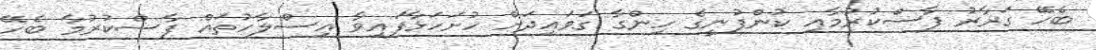
ބެހޭ ގަރާރު ފާސްކުރުމާއި ކުންފުނީގެ ހިންގާ ގަވައިދަށް ހުށަހަޅާފައިވާ އިސްލާހުތައް ފާސްކުރުމާ ބެހޭ